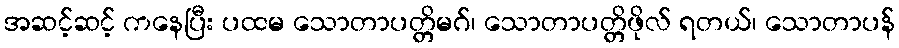
အဆင့်ဆင့် ကနေပြီး ပထမ သောတာပတ္တိမဂ်၊ သောတာပတ္တိဖိုလ် ရတယ်၊ သောတာပန်